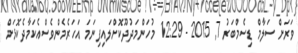
ވަރަށް ސަލާމް ޑިސެމްބަރު 7